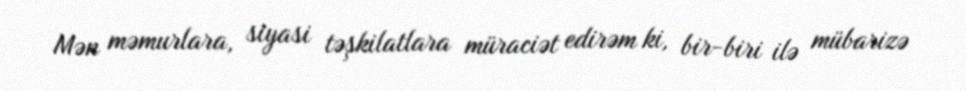
Mən məmurlara, siyasi təşkilatlara müraciət edirəm ki, bir-biri ilə mübarizə